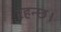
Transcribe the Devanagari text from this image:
रहन्छ।